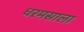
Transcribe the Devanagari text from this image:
धरमसाला